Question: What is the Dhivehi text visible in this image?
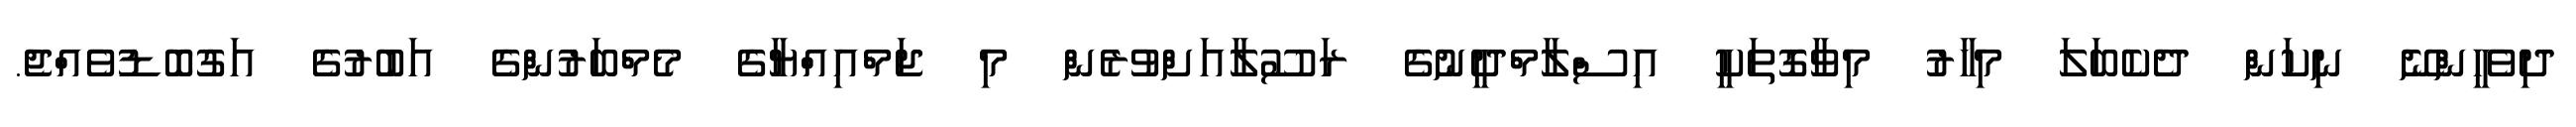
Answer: ދިވެހީންނޭ ނިކަން ދެކެބަލަ މިހާރު މިވާގޮތަކީ އިސްލާމްދީނުގެ ރަސޫލާއަށްވުރެން މި ޖަމްއިއްޔާގެ މެމްބަރުންގެ އަބުރުގެ އަގުބޮޑުވެއްޖެ.